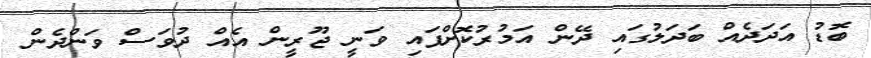
ބޮޑު އަދަދެއް ބަދަލުގައި ދޭން އަމުރުކޮށްފައި ވަނީ ޖޫރީން އެއް ދުވަސް ވަންދެން